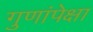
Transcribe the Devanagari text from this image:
गुणांपेक्षा